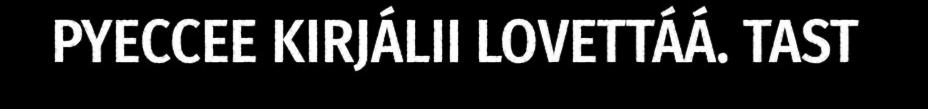
PYECCEE KIRJÁLII LOVETTÁÁ. TAST